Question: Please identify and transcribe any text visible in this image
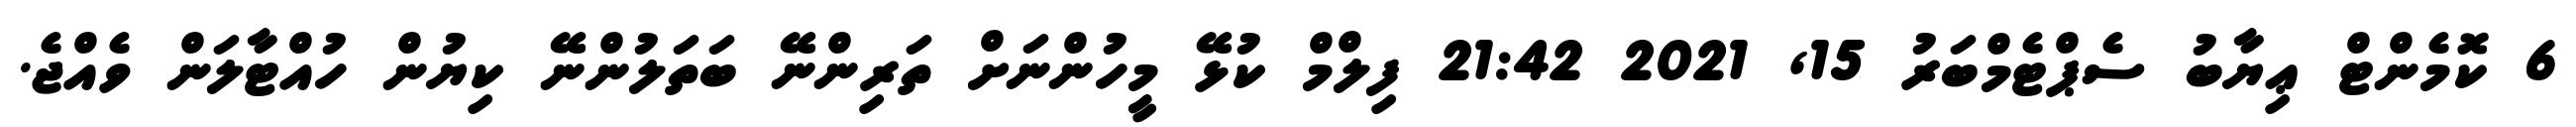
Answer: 6 ކޮމެންޓް ޢިޔާބު ސެޕްޓެމްބަރު 15, 2021 21:42 ފިލްމް ކުޅޭ މީހުންނަށް ތަރިންނޭ ބަތަލުންނޭ ކިޔުން ހުއްޓާލަން ވެއްޖެ.